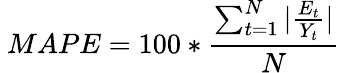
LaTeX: \ MAPE=100*{\frac{\sum_{t=1}^{N}|{\frac{E_{t}}{Y_{t}}}|}{N}}